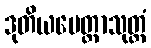
ဒုတိယမေတ္တာသုတ္တံ